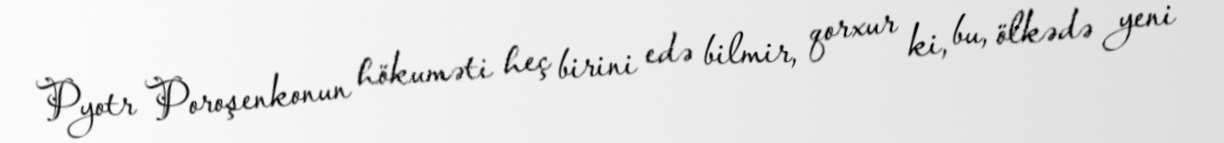
Pyotr Poroşenkonun hökuməti heç birini edə bilmir, qorxur ki, bu, ölkədə yeni